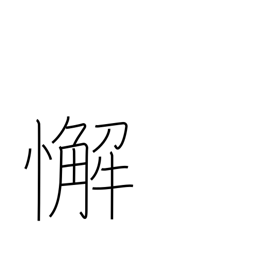
Meaning: laziness